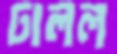
ঢালল